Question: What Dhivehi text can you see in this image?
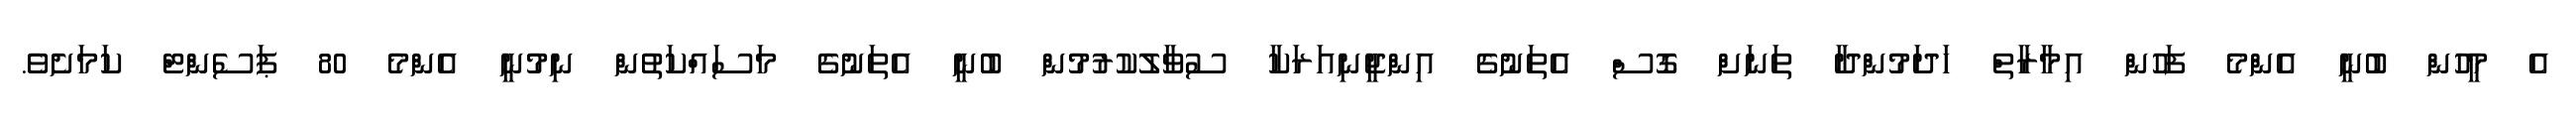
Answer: އެ މީހުން ބުނީ އެންމެ ފަހުން އިމާރާތް ހަދަމުންދާ ތަނަށް ގޮސް އެތަނުގެ އިންޖީނިއަރަކާ ސުވާލުކުރުމުން ބުނީ އެތަނުގެ މަސައްކަތުން ނިމުނީ އެންމެ 80 ޕަސެންޓް ކަމަށެވެ.